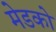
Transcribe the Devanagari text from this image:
मेडको